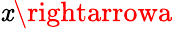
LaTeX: \mathit{x}\rightarrowa